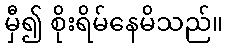
မှီ၍ စိုးရိမ်နေမိသည်။